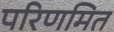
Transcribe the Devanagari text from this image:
परिणमित